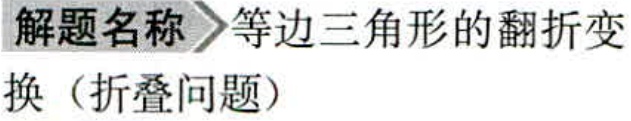
解题名称 \(\rhd\) 等边三角形的翻折变换（折叠问题）